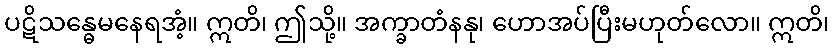
ပဋိသန္ဓေမနေရအံ့။ ဣတိ၊ ဤသို့။ အက္ခာတံနနု၊ ဟောအပ်ပြီးမဟုတ်လော။ ဣတိ၊